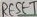
Text: RESET